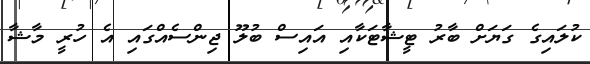
ކުލައިގެ ގަޔަށް ބާރު ޓީޝާޓަކާއި އައިސް ބުލޫ ޖިންސެއްގައި އެ ހުރީ މާޝާ